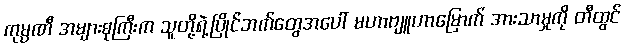
ကုမ္ပဏီ အများစုကြီးက သူတို့ရဲ့ပြိုင်ဘက်တွေအပေါ် မဟာဗျူဟာမြောက် အားသာမှုကို တီထွင်